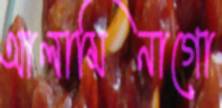
আলামিনাগো